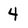
Character: 4